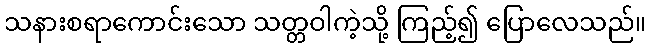
သနားစရာကောင်းသော သတ္တဝါကဲ့သို့ ကြည့်၍ ပြောလေသည်။